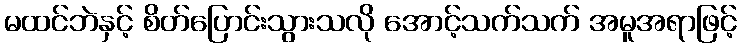
မထင်ဘဲနှင့် စိတ်ပြောင်းသွားသလို အောင့်သက်သက် အမူအရာဖြင့်